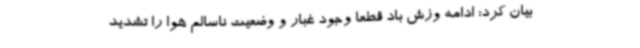
بیان کرد: ادامه وزش باد قطعا وجود غبار و وضعیت ناسالم هوا را تشدید